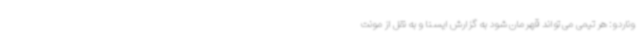
وناردو: هر تیمی می تواند قهرمان شود به گزارش ایسنا و به نقل از مونت